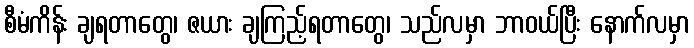
စီမံကိန်း ချရတာတွေ၊ ဇယား ချကြည့်ရတာတွေ၊ သည်လမှာ ဘာဝယ်ပြီး နောက်လမှာ